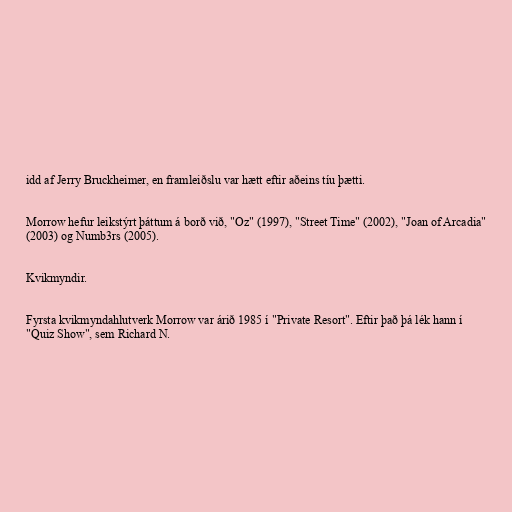
idd af Jerry Bruckheimer, en framleiðslu var hætt eftir aðeins tíu þætti.

Morrow hefur leikstýrt þáttum á borð við, "Oz" (1997), "Street Time" (2002), "Joan of Arcadia"
(2003) og Numb3rs (2005).

Kvikmyndir.

Fyrsta kvikmyndahlutverk Morrow var árið 1985 í "Private Resort". Eftir það þá lék hann í
"Quiz Show", sem Richard N.